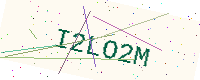
Text: I2LO2M